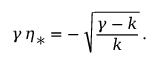
\gamma \, \eta _ { * } = - \, \sqrt { \frac { \gamma - k } { k } } \, .